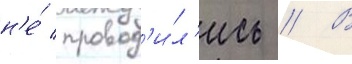
н'е́ провод'и́л'ись // В